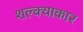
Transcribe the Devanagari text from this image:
शल्क्याकार